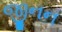
જીનન